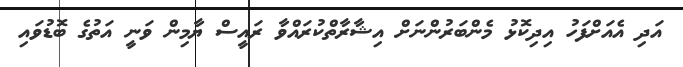
އަދި އެއަށްފަހު އިދިކޮޅު މެންބަރުންނަށް އިޝާރާތްކުރައްވާ ރައީސް ޔާމިން ވަނީ އަތުގެ ބޮޑުވައި